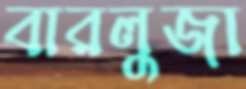
বারলুজা